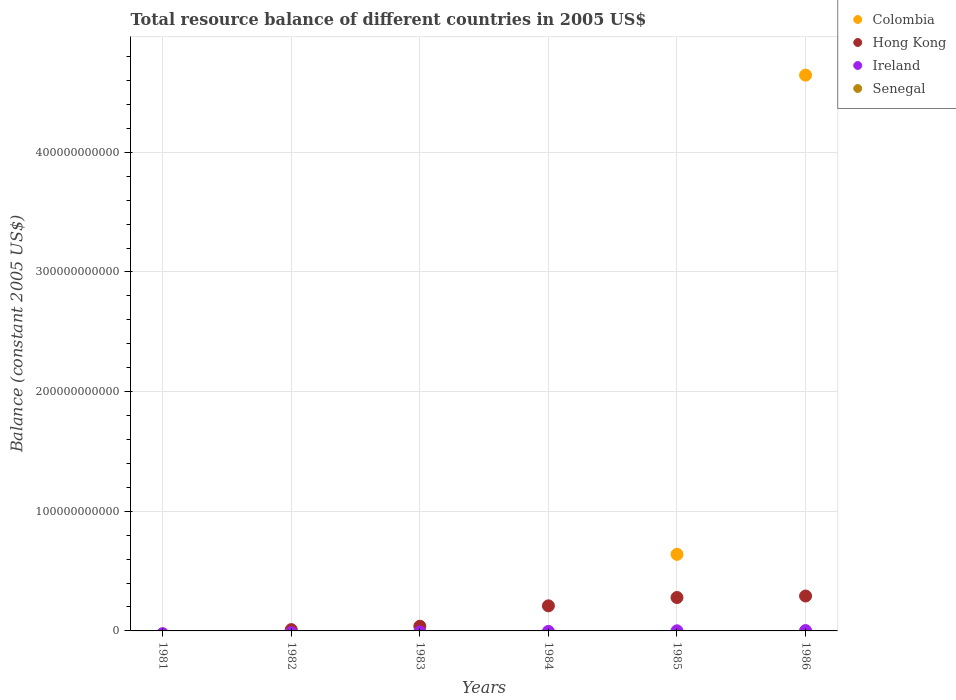
| Years | Colombia | Hong Kong | Ireland | Senegal |
 | --- | --- | --- | --- | --- |
 | 1981 | -7.1e+10 | -2.64e+09 | -2.32e+09 | -1.71e+11 |
 | 1982 | -1.06e+11 | 1.11e+09 | -1.52e+09 | -1.46e+11 |
 | 1983 | -8.5e+10 | 3.92e+09 | -8.12e+08 | -1.75e+11 |
 | 1984 | -2.3e+10 | 2.1e+10 | -3.97e+08 | -1.8e+11 |
 | 1985 | 6.4e+10 | 2.79e+10 | 8.03e+07 | -1.52e+11 |
 | 1986 | 4.65e+11 | 2.92e+10 | 2.91e+08 | -1.17e+11 |